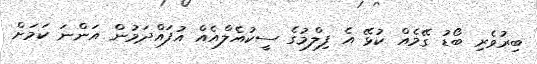
ބިރުވެރި ބޯޑު ގޭމެއް ކުޅޭ އެ ފިލްމުގެ ސީކުއެލްއެއް އުފައްދަމުން އަންނަ ކަމަށް